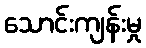
သောင်းကျန်းမှု